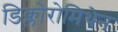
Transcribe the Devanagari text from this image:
डिक्लोरोमिथेन